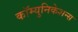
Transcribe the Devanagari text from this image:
कॉम्युनिकेशन्स